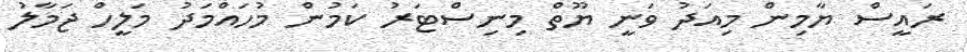
ރައީސް ޔާމިން މިއަދު ވަނީ ޔޫތް މިނިސްޓަރު ކަމުން މުހައްމަދު މަލީހް ޖަމާލު